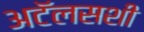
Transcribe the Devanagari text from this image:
अटॅलसशी